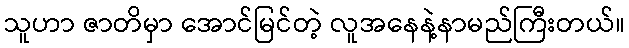
သူဟာ ဇာတိမှာ အောင်မြင်တဲ့ လူအနေနဲ့နာမည်ကြီးတယ်။